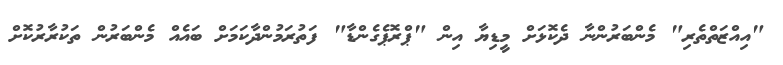
"އިއްޒަތްތެރި" މެންބަރުންނާ ދެކޮޅަށް މީޑިޔާ އިން "ޕްރޮޕެގެންޑާ" ފަތުރަމުންދާކަމަށް ބައެއް މެންބަރުން ތަކުރާރުކޮށް